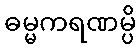
ဓမ္မကရဏမ္ပိ